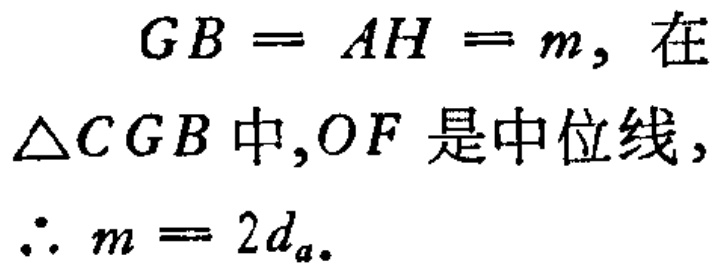
\[
\begin{align*}
GB = AH = m, \text{ 在 }\triangle CGB\text{ 中},&OF\text{ 是中位线},\\
\therefore m = 2d_{a}.
\end{align*}
\]